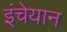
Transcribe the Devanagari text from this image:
इंचेयान